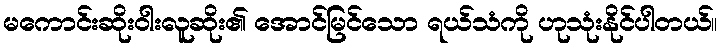
မကောင်းဆိုးဝါးလူဆိုး၏ အောင်မြင်သော ရယ်သံကို ဟုသုံးနိုင်ပါတယ်။